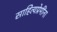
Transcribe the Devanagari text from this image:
साहित्यप्रेमींना